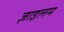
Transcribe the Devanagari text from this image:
ज़ाइलम